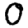
Digit: 0